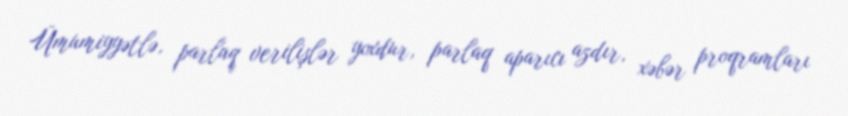
Ümumiyyətlə, parlaq verilişlər yoxdur, parlaq aparıcı azdır, xəbər proqramları